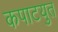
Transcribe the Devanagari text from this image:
कपाटयुत